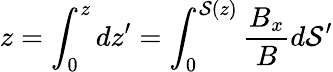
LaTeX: z=\int_{0}^{z}dz^{\prime}=\int_{0}^{\mathcal{S}(z)}\frac{{B_{x}}}{{B}}d\mathcal{S}^{\prime}